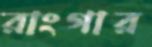
রাংগার